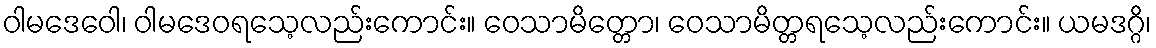
ဝါမဒေဝေါ၊ ဝါမဒေဝရသေ့လည်းကောင်း။ ဝေသာမိတ္တော၊ ဝေသာမိတ္တရသေ့လည်းကောင်း။ ယမဒဂ္ဂိ၊